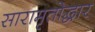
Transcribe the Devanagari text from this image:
सारामृतोद्धार